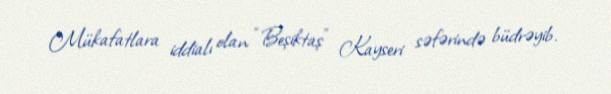
Mükafatlara iddialı olan “Beşiktaş” Kayseri səfərində büdrəyib.